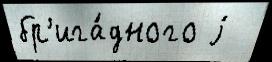
бр'ига́дного j